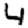
Digit: 4